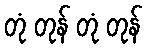
တုံ တုန် တုံ တုန်